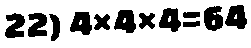
22) 4×4×4=64